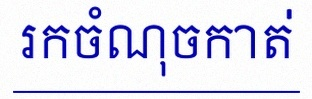
រកចំណុចកាត់